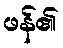
ဖန်၏